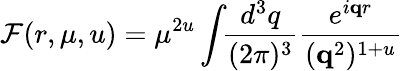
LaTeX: {\cal F}(r,\mu,u)=\mu^{2u}\int\! \! \frac{d^{3}q}{(2\pi)^{3}}\frac{e^{i{\mathbf qr}}}{({\mathbf q}^{2})^{1+u}}